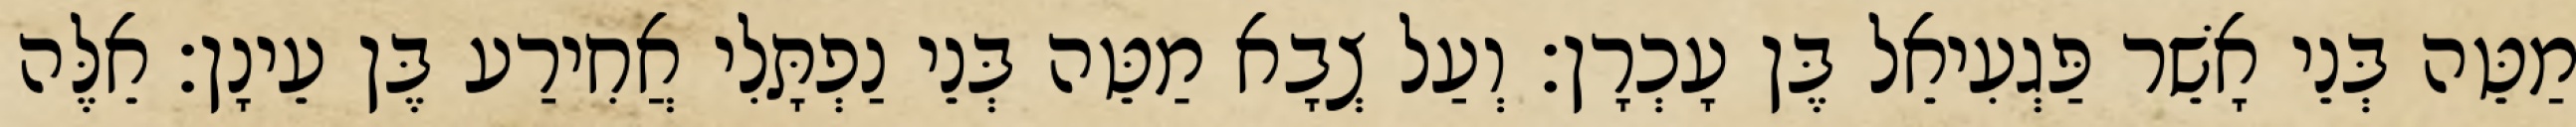
מַטֵּה בְּנֵי אָשֵׁר פַּגְעִיאֵל בֶּן עָכְרָן׃ וְעַל צְבָא מַטֵּה בְּנֵי נַפְתָּלִי אֲחִירַע בֶּן עֵינָן׃ אֵלֶּה